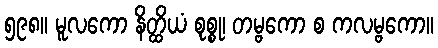
၅၉၈။ မူလကော နိတ္ထိယံ စုစ္စု၊ တမ္ဗကော စ ကလမ္ဗကော။